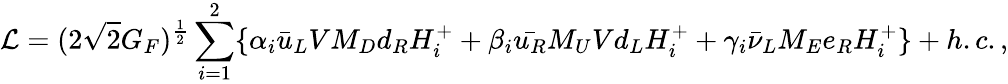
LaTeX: {\cal L}=(2\sqrt{2}G_{F})^{\frac{1}{2}}\sum_{i=1}^{2}\{ \alpha_{i}\bar{u}_{L}VM_{D}d_{R}H_{i}^{+}+\beta_{i}\bar{u_{R}}M_{U}Vd_{L}H_{i}^{+}+\gamma_{i}\bar{\nu}_{L}M_{E}e_{R}H_{i}^{+}\} +h.c.,